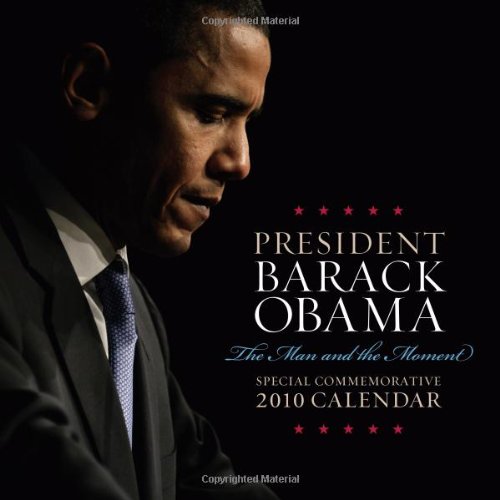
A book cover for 2010 Barack Obama wall calendar: The Man and the Moment; Inc. Sourcebooks; Calendars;